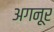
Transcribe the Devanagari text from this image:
अगनूर